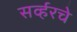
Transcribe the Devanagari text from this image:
सर्व्हरचे